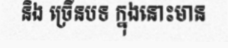
និង ច្រើនបទ ក្នុងនោះមាន